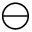
\ominus